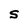
Character: S